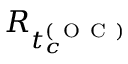
R _ { t _ { c } ^ { ( \mathrm { ~ O ~ C ~ } ) } }